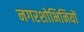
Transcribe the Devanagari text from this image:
नगरशोभिनियों